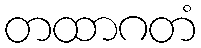
တထာဂတံ